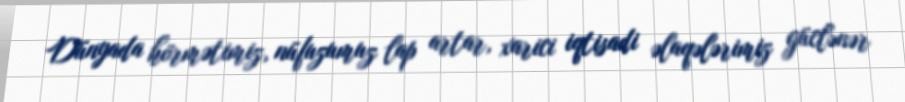
Dünyada hörmətimiz, nüfuzumuz lap artar, xarici iqtisadi əlaqələrimiz güclənər